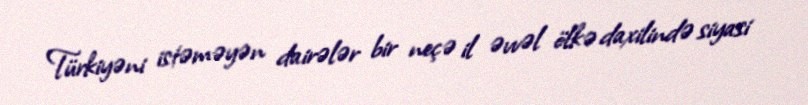
Türkiyəni istəməyən dairələr bir neçə il əvvəl ölkə daxilində siyasi